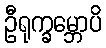
ဦရုက္ခမ္ဘောပိ